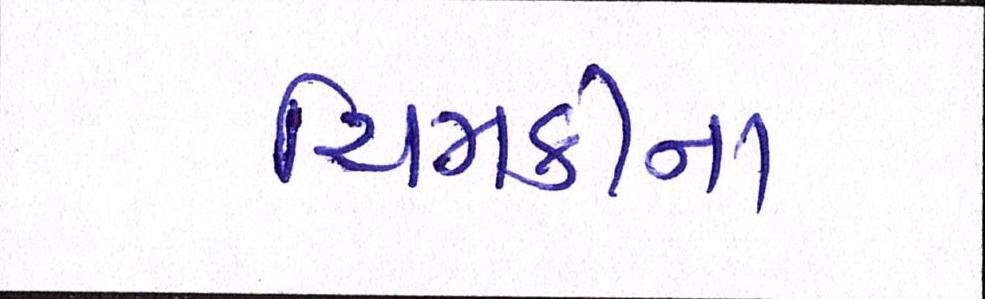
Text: ચિમકીના